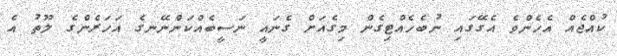
ކުއްޖެއް އެހެންވެ އެގޭގައި ނުބެހެއްޓިގެން މިގެއަށް ގެނައީ ނަސީބެއްކަންނޭނގެ އަހަރެންގެ ލޫތު އެ